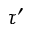
\tau ^ { \prime }